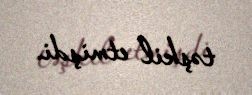
təşkil etmişdi.